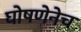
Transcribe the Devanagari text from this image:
घोषणेनेच